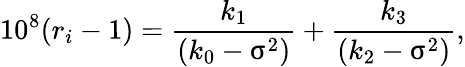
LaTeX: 10^{8}(r_{i}-1)=\frac{k_{1}}{(k_{0}-\upsigma^{2})}+\frac{k_{3}}{(k_{2}-\upsigma^{2})},